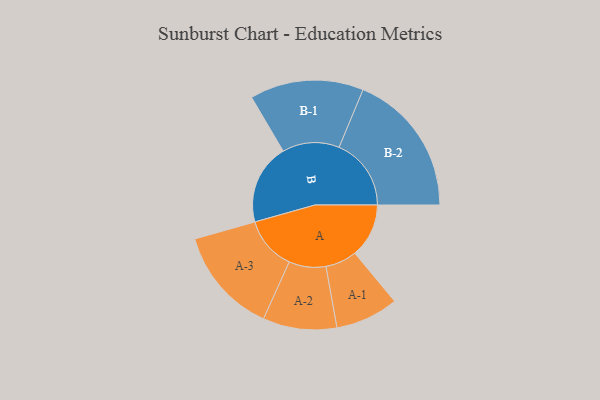
{"axis": {"x": "Segment", "y": "Value"}, "legend": ["", "A", "B"], "data": [{"x": "A", "y": 219, "type": ""}, {"x": "B", "y": 327, "type": ""}, {"x": "A-1", "y": 128, "type": "A"}, {"x": "A-2", "y": 150, "type": "A"}, {"x": "A-3", "y": 217, "type": "A"}, {"x": "B-1", "y": 231, "type": "B"}, {"x": "B-2", "y": 293, "type": "B"}]}